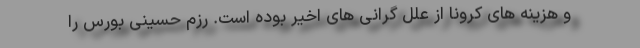
و هزینه های کرونا از علل گرانی های اخیر بوده است. رزم حسینی بورس را